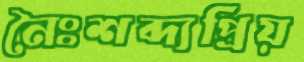
নৈঃশব্দ্যপ্রিয়